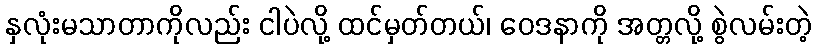
နှလုံးမသာတာကိုလည်း ငါပဲလို့ ထင်မှတ်တယ်၊ ဝေဒနာကို အတ္တလို့ စွဲလမ်းတဲ့